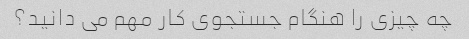
چه چیزی را هنگام جستجوی کار مهم می دانید؟